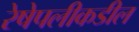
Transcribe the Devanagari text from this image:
रेषेपलीकडील